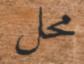
محل